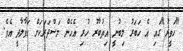
"ހަވީރު"ގައި އެ ހަބަރު ލިބުނީ އިތުބާރު ހުރި އެހެން މަސްދަރަކަށް ހަވާލާދީ އެވެ.